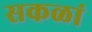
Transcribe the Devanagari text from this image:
सकळां